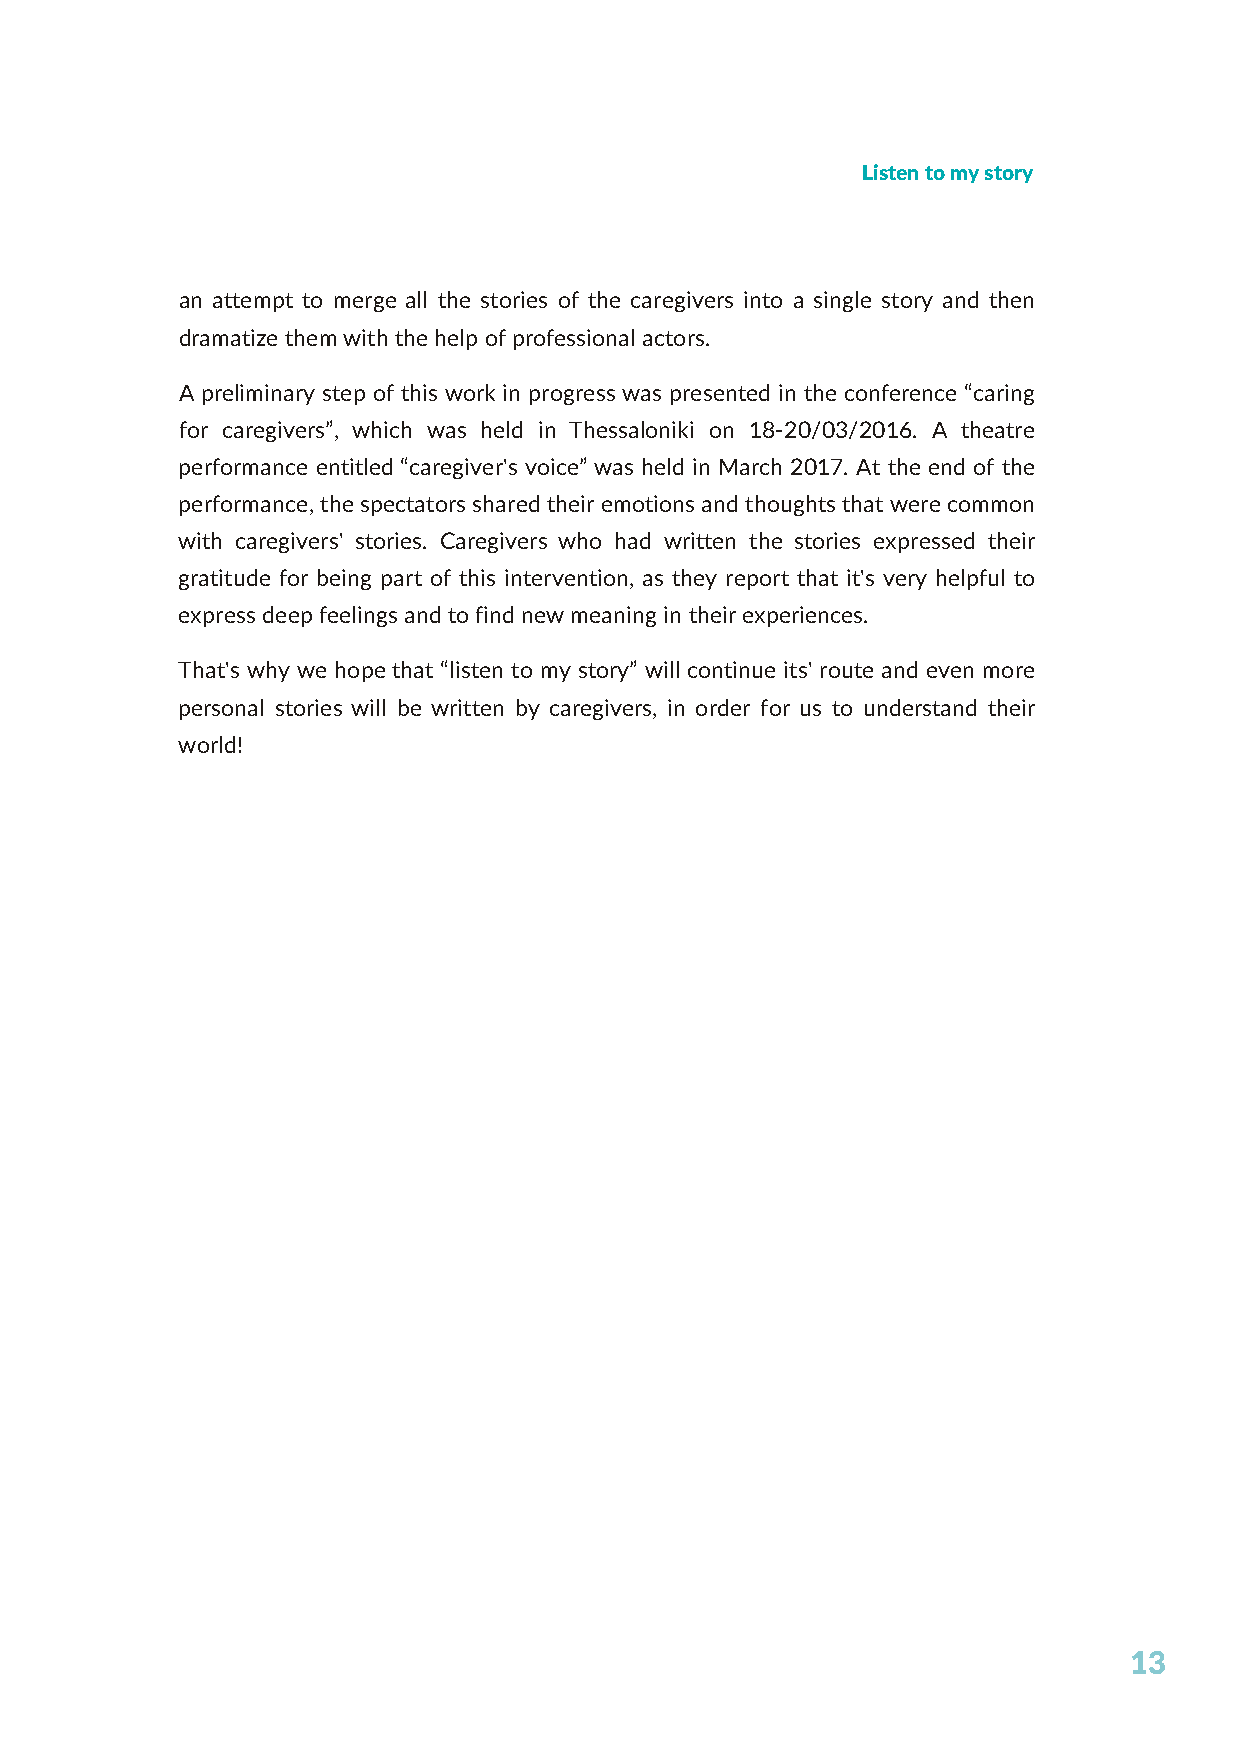
Listen to my story
 an attempt to merge all the stories of the caregivers into a single story and then
 dramatize them with the help of professional actors.
 A preliminary step of this work in progress was presented in the conference “caring
 for caregivers”, which was held in Thessaloniki on 18-20/03/2016. A theatre
 performance entitled “caregiver's voice” was held in March 2017. At the end of the
 performance, the spectators shared their emotions and thoughts that were common
 with caregivers' stories. Caregivers who had written the stories expressed their
 gratitude for being part of this intervention, as they report that it's very helpful to
 express deep feelings and to find new meaning in their experiences.
 That's why we hope that “listen to my story” will continue its' route and even more
 personal stories will be written by caregivers, in order for us to understand their
 world!
 13